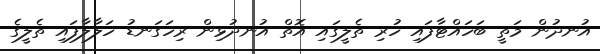
އުނދުން މަތީ ބަހައްޓާފައި ހުރި ތެލީގައި އޮތް އުނދުޅިން ރިހަގަނޑު ހަލާލާފައި ތެލީގެ